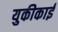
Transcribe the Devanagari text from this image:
युकीकाई